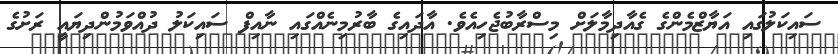
ސައިކަލުގައި އަޔާޒްމެންގެ ގެއާދިމާލަށް މިސްރާބުޖެހިއެވެ. އާދައިގެ ބާރުމިނެއްގައި ނާއިފް ސައިކަލު ދުއްވަމުންދިޔައީ ރަށުގެ